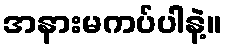
အနားမကပ်ပါနဲ့။